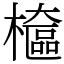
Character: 檶